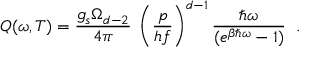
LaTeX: Q ( \omega , T ) = \frac { g _ { s } \Omega _ { d - 2 } } { 4 \pi } \; \left( \frac { p } { h f } \right) ^ { d - 1 } \frac { \hbar \omega } { ( e ^ { \beta \hbar \omega } - 1 ) } \; \; .